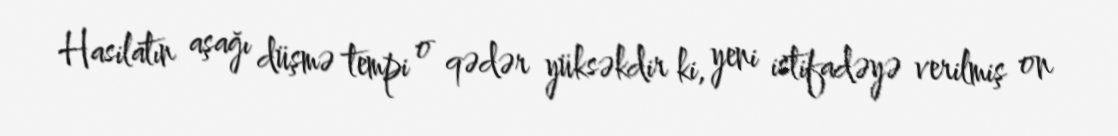
Hasilatın aşağı düşmə tempi o qədər yüksəkdir ki, yeni istifadəyə verilmiş on